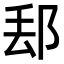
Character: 𨛀